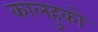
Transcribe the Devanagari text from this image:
कालहुको